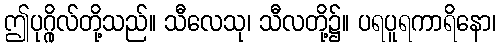
ဤပုဂ္ဂိုလ်တို့သည်။ သီလေသု၊ သီလတို့၌။ ပရပူရကာရိနော၊